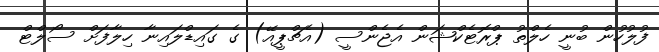
ފުލުހުން ބުނީ ހެލްތު ޕްރޮޓެކްޝަން އެޖެންސީ (އެޗްޕީއޭ) ގެ ގައިޑްލައިނާ ހިލާފަށް ސޯލްޓް